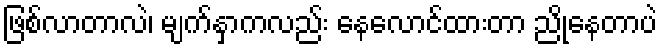
ဖြစ်လာတာလဲ၊ မျက်နှာကလည်း နေလောင်ထားတာ ညိုနေတာပဲ